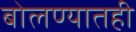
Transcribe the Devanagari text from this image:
बोलण्यातही